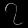
Digit: ၇